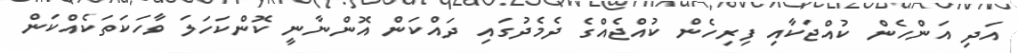
އަދި އަންހެން ކުއްޖަކާއި ފިރިހެން ކުއްޖެއްގެ ދެމެދުގައި ދައްކަން އޮންނާނީ ކޮންކަހަލަ ވާހަކަތަކެއްކަން